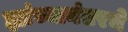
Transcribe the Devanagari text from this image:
ह्यांच्यानंतरचे